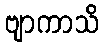
ဗျာကာသိ